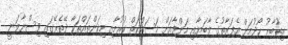
އިތުބާރު ހޯދުމަށް އެފަރާތުގެ ލާބަޔާއި މަންފާއަށް މަސައްކަތް ކުރުމާއި މިކަންތައްތަކާ ދޭތެރޭގައި ވިސްނާލަނީ